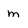
Character: m